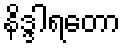
နိဒ္ဒါရတော